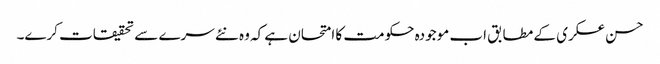
حسن عسکری کے مطابق اب موجودہ حکومت کا امتحان ہے کہ وہ نئے سرے سے تحقیقات کرے۔